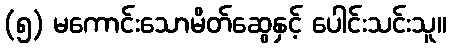
(၅) မကောင်းသောမိတ်ဆွေနှင့် ပေါင်းသင်းသူ။